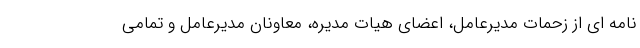
نامه ای از زحمات مدیرعامل، اعضای هیات مدیره، معاونان مدیرعامل و تمامی